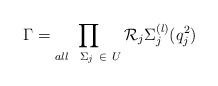
\begin{align*}\Gamma =\prod_{all\ \ \Sigma _{j}\ \in \ U}\mathcal{R}_{j}\Sigma_{j}^{(l)}(q_{j}^{2})\end{align*}